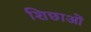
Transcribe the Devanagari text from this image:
शिछाओं